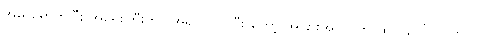
အိမ် ရောက်ပြီး အရေးကြီးတာ အရင် လုပ်ပြီး တော့ အခြားအလုပ်က ထပ် ပေါ်လာတယ်။